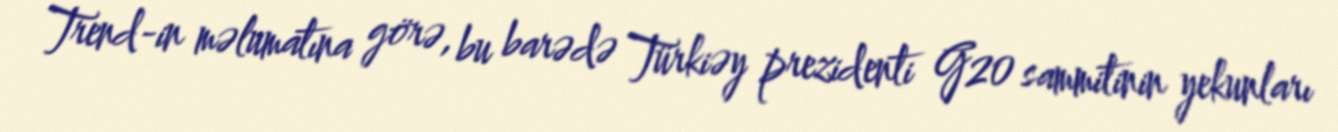
Trend-in məlumatına görə, bu barədə Türkiəy prezidenti G20 sammitinin yekunları